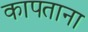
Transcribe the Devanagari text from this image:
कापताना